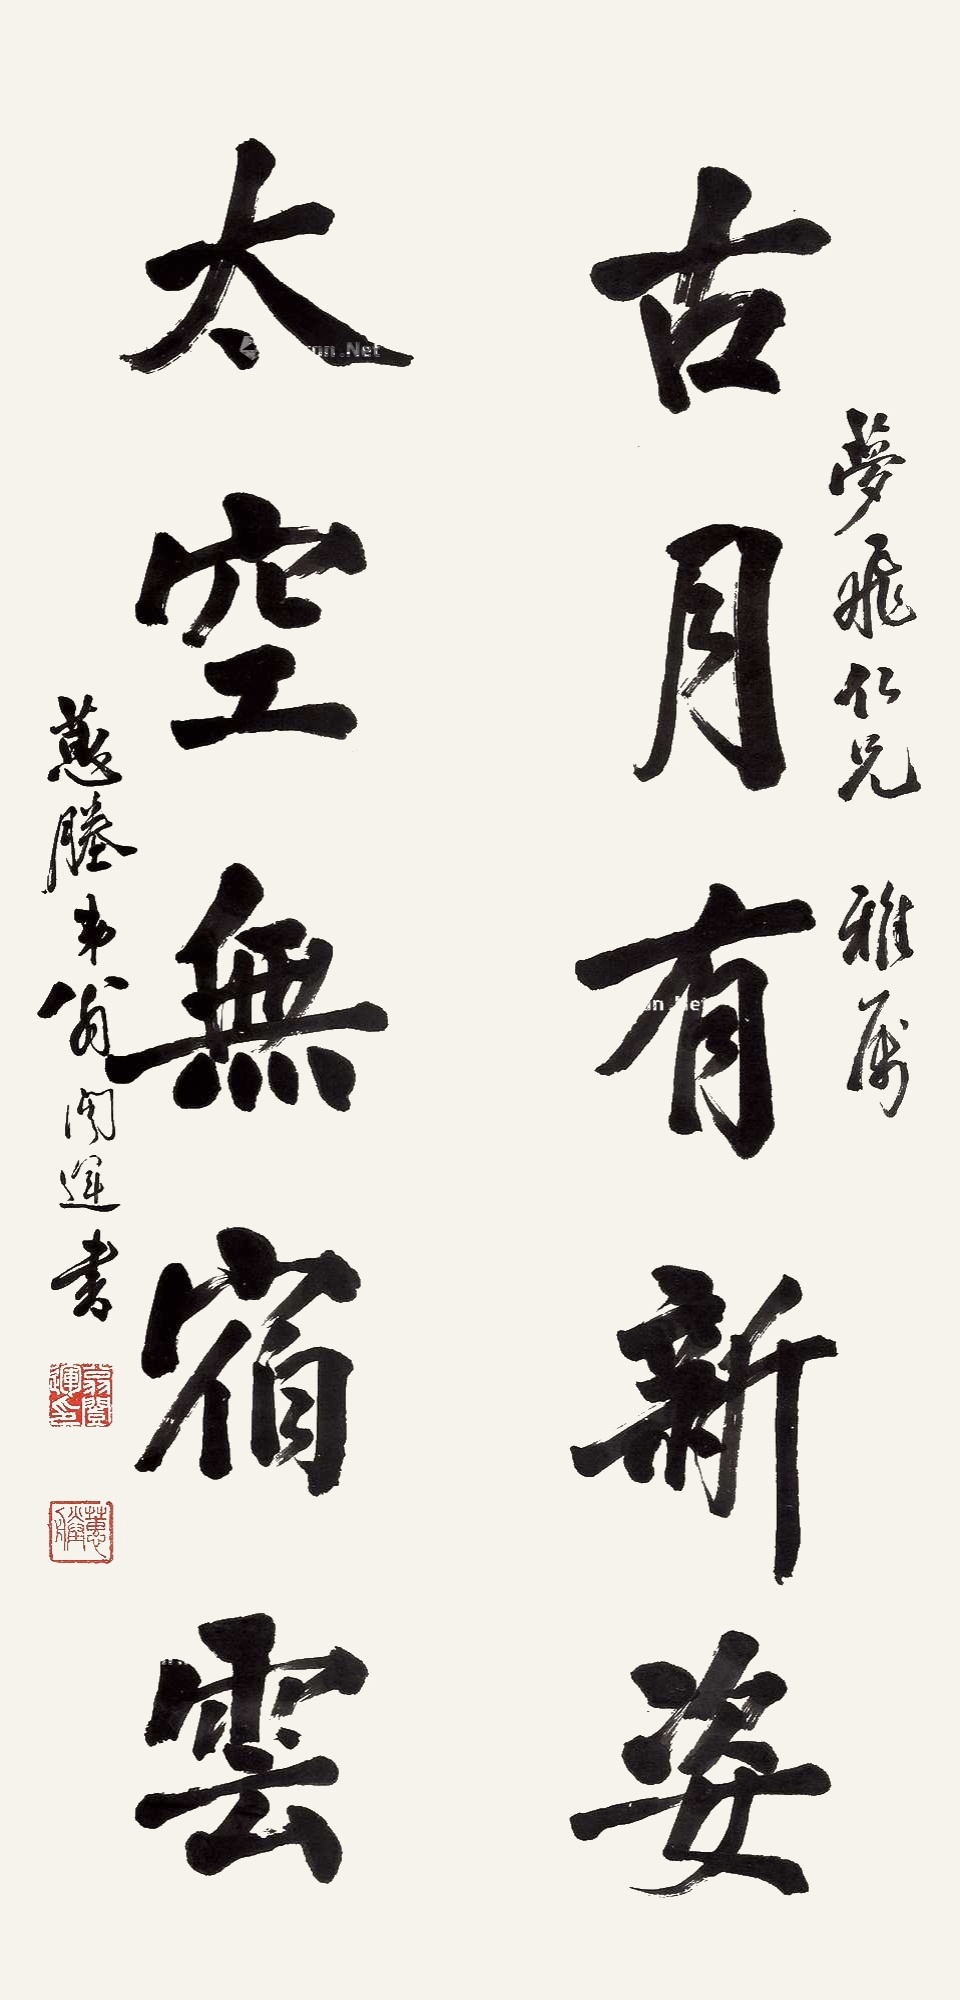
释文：古月有新姿，太空无宿云。梦飞仁兄雅属，蕙塍弟翁闿运书。